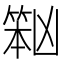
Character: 𱸏